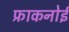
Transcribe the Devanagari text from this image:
फ्राकनोई